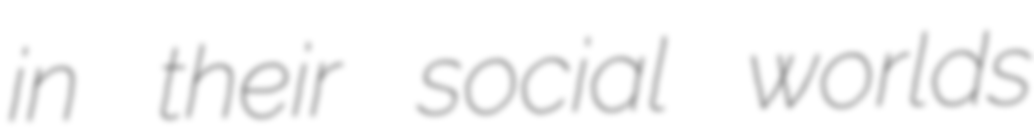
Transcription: in their social worlds